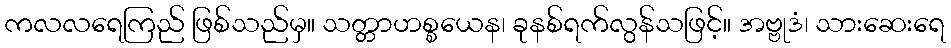
ကလလရေကြည် ဖြစ်သည်မှ။ သတ္တာဟစ္စယေန၊ ခုနစ်ရက်လွန်သဖြင့်။ အဗ္ဗုဒံ၊ သားဆေးရေ